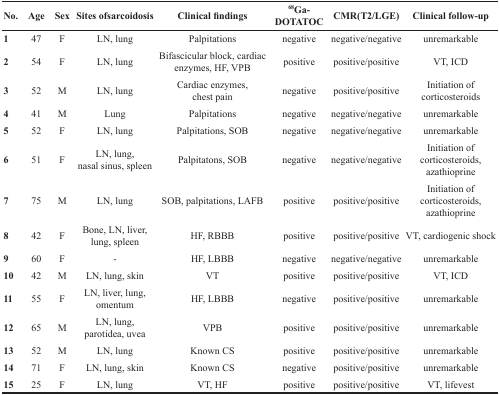
<table><thead><tr><td><b>No.</b></td><td><b>Age</b></td><td><b>Sex</b></td><td><b>Sites ofsarcoidosis</b></td><td><b>Clinical findings</b></td><td><b><sup>68</sup>Ga-DOTATOC</b></td><td><b>CMR(T2/LGE)</b></td><td><b>Clinical follow-up</b></td></tr></thead><tbody><tr><td><b>1</b></td><td>47</td><td>F</td><td>LN, lung</td><td>Palpitations</td><td>negative</td><td>negative/negative</td><td>unremarkable</td></tr><tr><td><b>2</b></td><td>54</td><td>F</td><td>LN, lung</td><td>Bifascicular block, cardiac enzymes, HF, VPB</td><td>positive</td><td>positive/positive</td><td>VT, ICD</td></tr><tr><td><b>3</b></td><td>52</td><td>M</td><td>LN, lung</td><td>Cardiac enzymes,chest pain</td><td>negative</td><td>positive/positive</td><td>Initiation of corticosteroids</td></tr><tr><td><b>4</b></td><td>41</td><td>M</td><td>Lung</td><td>Palpitations</td><td>negative</td><td>negative/negative</td><td>unremarkable</td></tr><tr><td><b>5</b></td><td>52</td><td>F</td><td>LN, lung</td><td>Palpitations, SOB</td><td>negative</td><td>negative/negative</td><td>unremarkable</td></tr><tr><td><b>6</b></td><td>51</td><td>F</td><td>LN, lung,nasal sinus, spleen</td><td>Palpitatons, SOB</td><td>negative</td><td>negative/negative</td><td>Initiation of corticosteroids, azathioprine</td></tr><tr><td><b>7</b></td><td>75</td><td>M</td><td>LN, lung</td><td>SOB, palpitations, LAFB</td><td>positive</td><td>positive/positive</td><td>Initiation of corticosteroids, azathioprine</td></tr><tr><td><b>8</b></td><td>42</td><td>F</td><td>Bone, LN, liver,lung, spleen</td><td>HF, RBBB</td><td>positive</td><td>positive/positive</td><td>VT, cardiogenic shock</td></tr><tr><td><b>9</b></td><td>60</td><td>F</td><td>-</td><td>HF, LBBB</td><td>negative</td><td>negative/negative</td><td>unremarkable</td></tr><tr><td><b>10</b></td><td>42</td><td>M</td><td>LN, lung, skin</td><td>VT</td><td>positive</td><td>positive/positive</td><td>VT, ICD</td></tr><tr><td><b>11</b></td><td>55</td><td>F</td><td>LN, liver, lung, omentum</td><td>HF, LBBB</td><td>negative</td><td>positive/positive</td><td>unremarkable</td></tr><tr><td><b>12</b></td><td>65</td><td>M</td><td>LN, lung, parotidea, uvea</td><td>VPB</td><td>positive</td><td>positive/positive</td><td>unremarkable</td></tr><tr><td><b>13</b></td><td>52</td><td>M</td><td>LN, lung</td><td>Known CS</td><td>positive</td><td>positive/positive</td><td>unremarkable</td></tr><tr><td><b>14</b></td><td>71</td><td>F</td><td>LN, lung, skin</td><td>Known CS</td><td>negative</td><td>positive/positive</td><td>unremarkable</td></tr><tr><td><b>15</b></td><td>25</td><td>F</td><td>LN, lung</td><td>VT, HF</td><td>positive</td><td>positive/positive</td><td>VT, lifevest</td></tr></tbody></table>